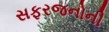
સફરજનોની